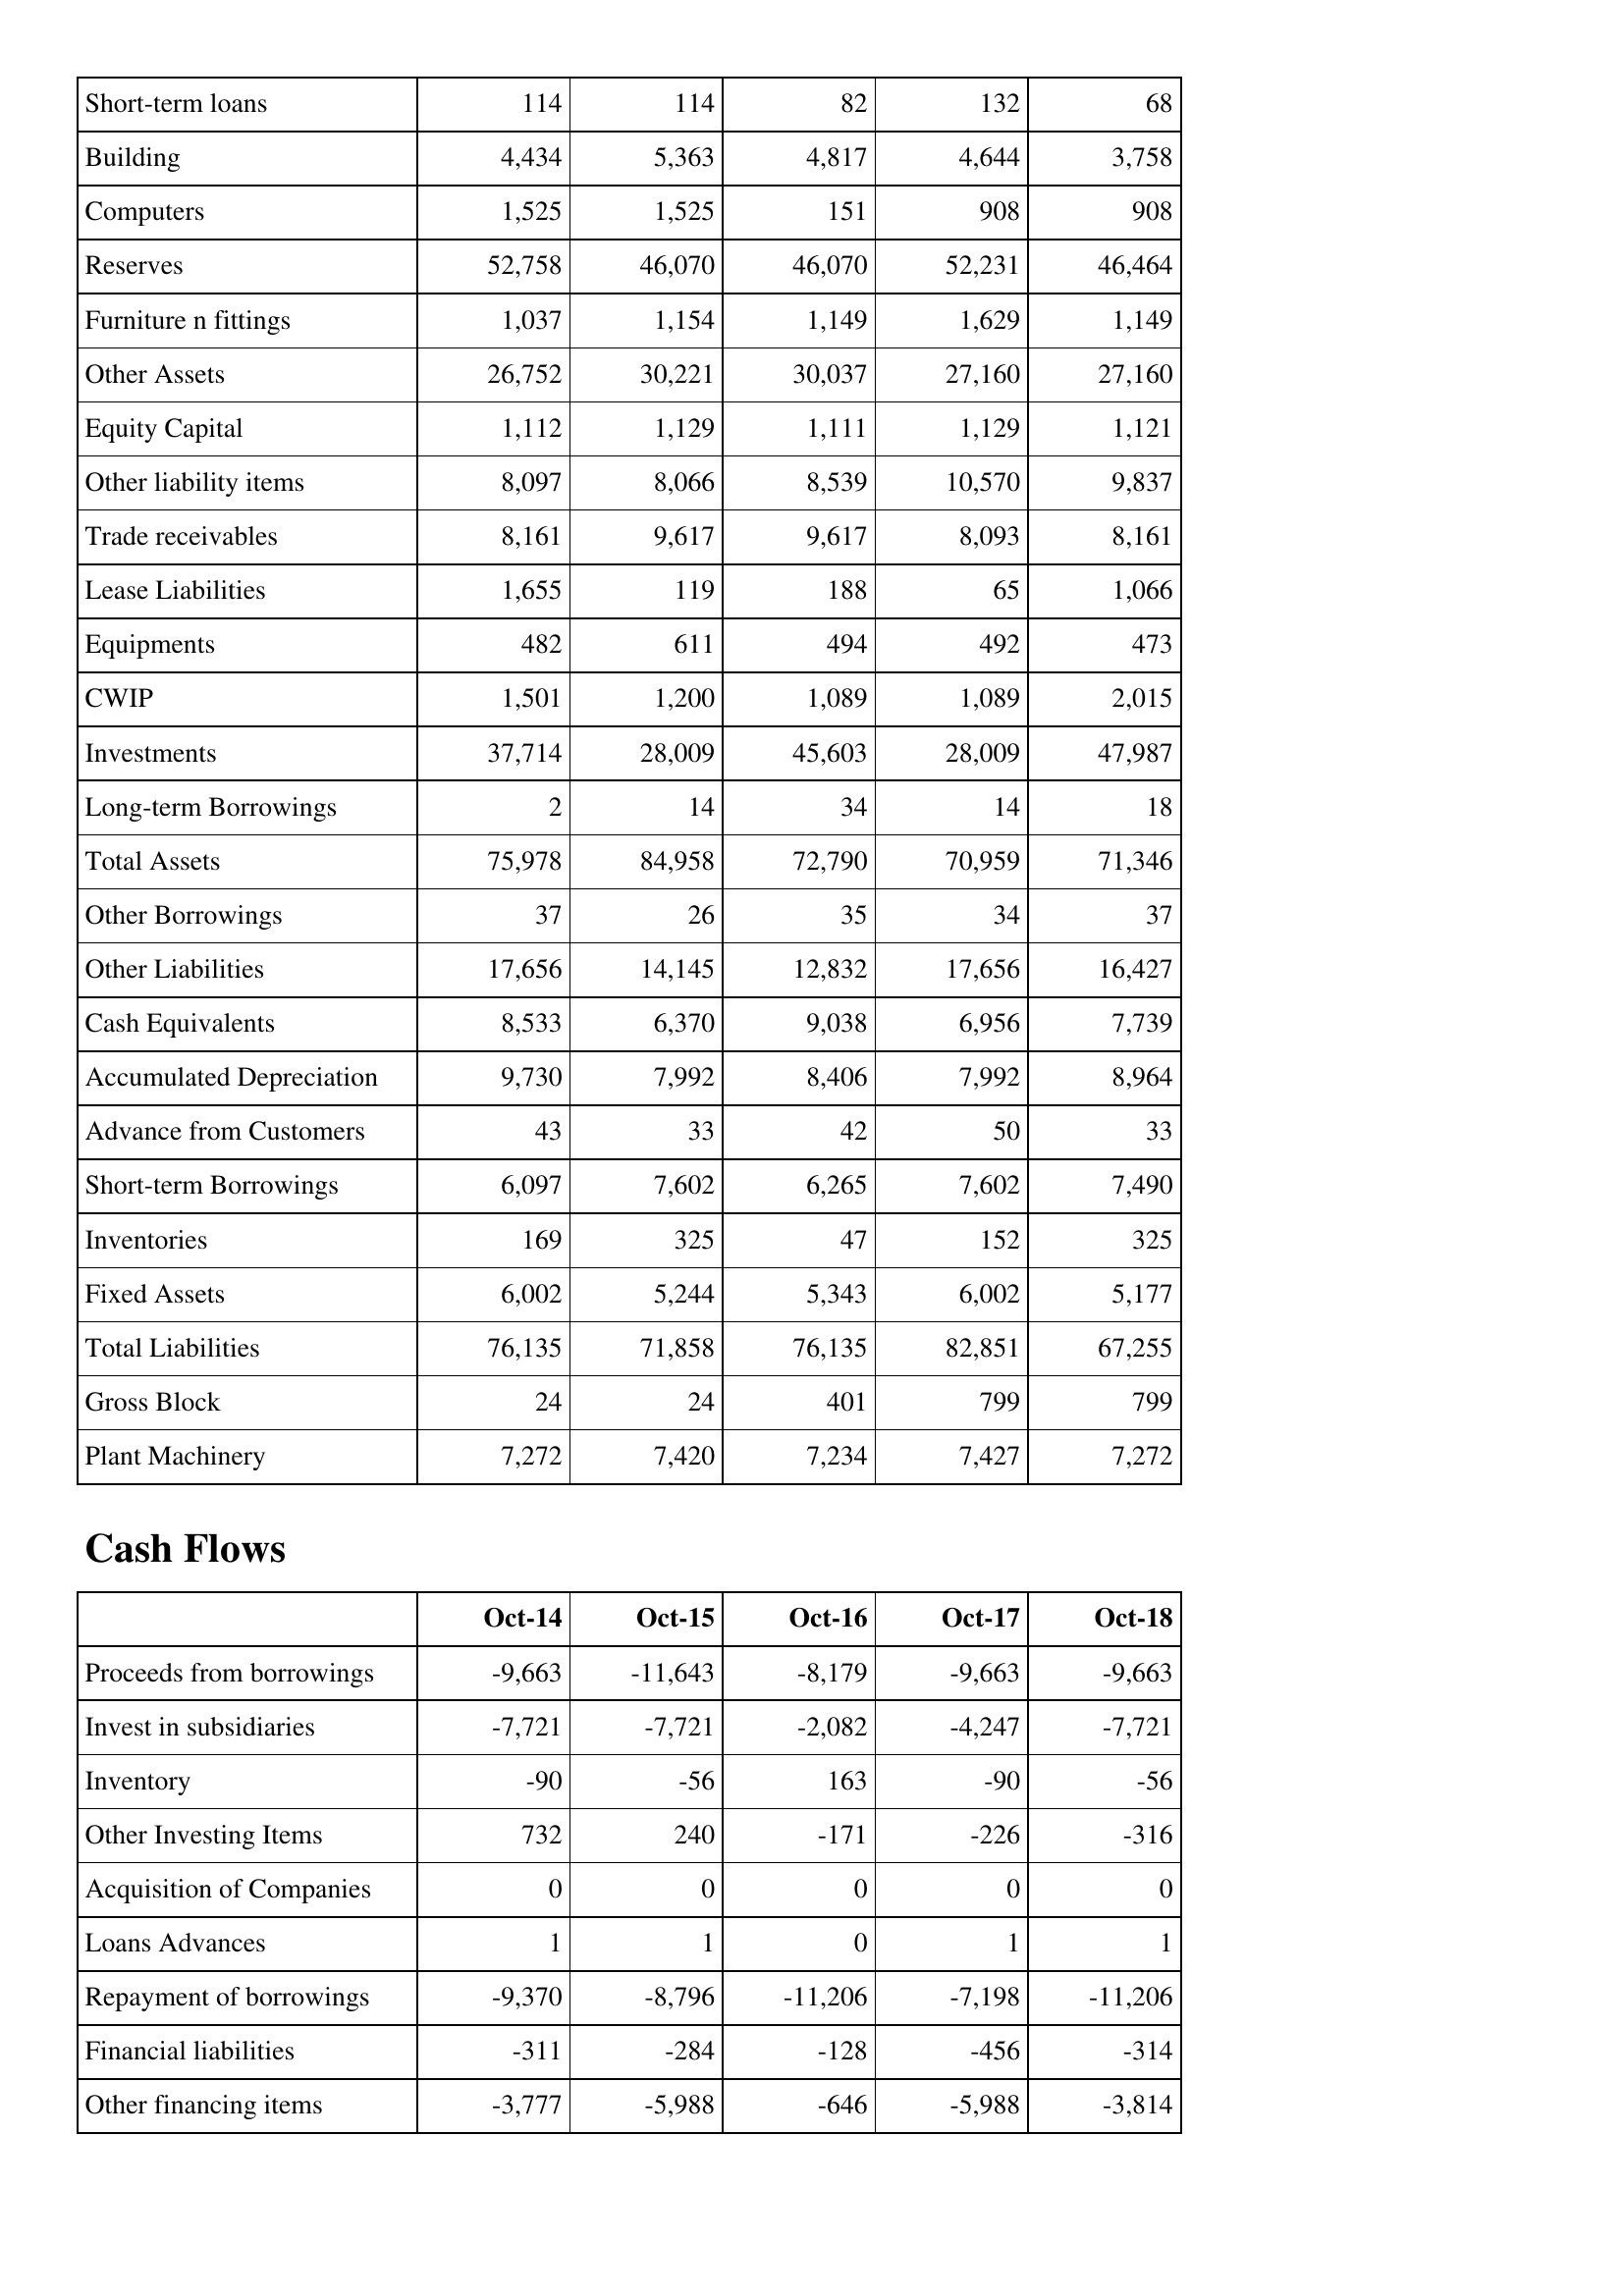
Oct-14: Balance Sheet: Short-term loans: 114
Building: 4,434
Computers: 1,525
Reserves: 52,758
Furniture n fittings: 1,037
Other Assets: 26,752
Equity Capital: 1,112
Other liability items: 8,097
Trade receivables: 8,161
Lease Liabilities: 1,655
Equipments: 482
CWIP: 1,501
Investments: 37,714
Long-term Borrowings: 2
Total Assets: 75,978
Other Borrowings: 37
Other Liabilities: 17,656
Cash Equivalents: 8,533
Accumulated Depreciation: 9,730
Advance from Customers: 43
Short-term Borrowings: 6,097
Inventories: 169
Fixed Assets: 6,002
Total Liabilities: 76,135
Gross Block: 24
Plant Machinery: 7,272
Cash Flows: Proceeds from borrowings: -9,663
Invest in subsidiaries: -7,721
Inventory: -90
Other Investing Items: 732
Acquisition of Companies: 0
Loans Advances: 1
Repayment of borrowings: -9,370
Financial liabilities: -311
Other financing items: -3,777
Oct-15: Balance Sheet: Short-term loans: 114
Building: 5,363
Computers: 1,525
Reserves: 46,070
Furniture n fittings: 1,154
Other Assets: 30,221
Equity Capital: 1,129
Other liability items: 8,066
Trade receivables: 9,617
Lease Liabilities: 119
Equipments: 611
CWIP: 1,200
Investments: 28,009
Long-term Borrowings: 14
Total Assets: 84,958
Other Borrowings: 26
Other Liabilities: 14,145
Cash Equivalents: 6,370
Accumulated Depreciation: 7,992
Advance from Customers: 33
Short-term Borrowings: 7,602
Inventories: 325
Fixed Assets: 5,244
Total Liabilities: 71,858
Gross Block: 24
Plant Machinery: 7,420
Cash Flows: Proceeds from borrowings: -11,643
Invest in subsidiaries: -7,721
Inventory: -56
Other Investing Items: 240
Acquisition of Companies: 0
Loans Advances: 1
Repayment of borrowings: -8,796
Financial liabilities: -284
Other financing items: -5,988
Oct-16: Balance Sheet: Short-term loans: 82
Building: 4,817
Computers: 151
Reserves: 46,070
Furniture n fittings: 1,149
Other Assets: 30,037
Equity Capital: 1,111
Other liability items: 8,539
Trade receivables: 9,617
Lease Liabilities: 188
Equipments: 494
CWIP: 1,089
Investments: 45,603
Long-term Borrowings: 34
Total Assets: 72,790
Other Borrowings: 35
Other Liabilities: 12,832
Cash Equivalents: 9,038
Accumulated Depreciation: 8,406
Advance from Customers: 42
Short-term Borrowings: 6,265
Inventories: 47
Fixed Assets: 5,343
Total Liabilities: 76,135
Gross Block: 401
Plant Machinery: 7,234
Cash Flows: Proceeds from borrowings: -8,179
Invest in subsidiaries: -2,082
Inventory: 163
Other Investing Items: -171
Acquisition of Companies: 0
Loans Advances: 0
Repayment of borrowings: -11,206
Financial liabilities: -128
Other financing items: -646
Oct-17: Balance Sheet: Short-term loans: 132
Building: 4,644
Computers: 908
Reserves: 52,231
Furniture n fittings: 1,629
Other Assets: 27,160
Equity Capital: 1,129
Other liability items: 10,570
Trade receivables: 8,093
Lease Liabilities: 65
Equipments: 492
CWIP: 1,089
Investments: 28,009
Long-term Borrowings: 14
Total Assets: 70,959
Other Borrowings: 34
Other Liabilities: 17,656
Cash Equivalents: 6,956
Accumulated Depreciation: 7,992
Advance from Customers: 50
Short-term Borrowings: 7,602
Inventories: 152
Fixed Assets: 6,002
Total Liabilities: 82,851
Gross Block: 799
Plant Machinery: 7,427
Cash Flows: Proceeds from borrowings: -9,663
Invest in subsidiaries: -4,247
Inventory: -90
Other Investing Items: -226
Acquisition of Companies: 0
Loans Advances: 1
Repayment of borrowings: -7,198
Financial liabilities: -456
Other financing items: -5,988
Oct-18: Balance Sheet: Short-term loans: 68
Building: 3,758
Computers: 908
Reserves: 46,464
Furniture n fittings: 1,149
Other Assets: 27,160
Equity Capital: 1,121
Other liability items: 9,837
Trade receivables: 8,161
Lease Liabilities: 1,066
Equipments: 473
CWIP: 2,015
Investments: 47,987
Long-term Borrowings: 18
Total Assets: 71,346
Other Borrowings: 37
Other Liabilities: 16,427
Cash Equivalents: 7,739
Accumulated Depreciation: 8,964
Advance from Customers: 33
Short-term Borrowings: 7,490
Inventories: 325
Fixed Assets: 5,177
Total Liabilities: 67,255
Gross Block: 799
Plant Machinery: 7,272
Cash Flows: Proceeds from borrowings: -9,663
Invest in subsidiaries: -7,721
Inventory: -56
Other Investing Items: -316
Acquisition of Companies: 0
Loans Advances: 1
Repayment of borrowings: -11,206
Financial liabilities: -314
Other financing items: -3,814